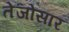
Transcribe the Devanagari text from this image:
तेजोसार